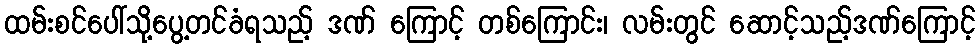
ထမ်းစင်ပေါ်သို့ပွေ့တင်ခံရသည့် ဒဏ် ကြောင့် တစ်ကြောင်း၊ လမ်းတွင် ဆောင့်သည့်ဒဏ်ကြောင့်